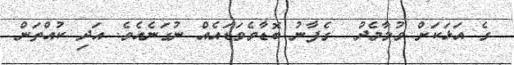
ގެ އަޅަކަށް ވުމާމެދު  ގެފާނު ބޮޑާވެވަޑައެއް ނުގަނެއެވެ. އަދި ކުއްތަން